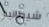
شيطانية